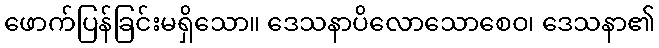
ဖောက်ပြန်ခြင်းမရှိသော။ ဒေသနာပိလောသောစေဝ၊ ဒေသနာ၏